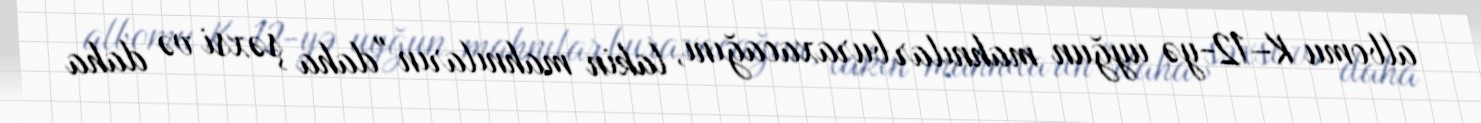
albomu K–12-yə uyğun mahnılar buraxacağını, lakin mahnıların "daha şəxsi və daha